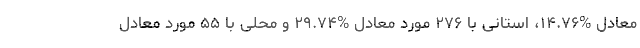
معادل %۱۴.۷۶، استانی با ۲۷۶ مورد معادل %۲۹.۷۴ و محلی با ۵۵ مورد معادل